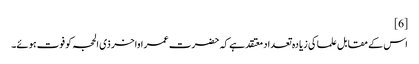
[6]
اس کے مقابل علما کی زیادہ تعداد معتقد ہے کہ حضرت عمر اواخر ذی الحجہ کو فوت ہوئے۔